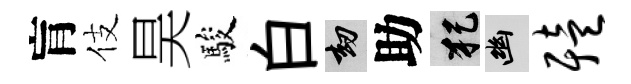
肓伎昊駿白劫助犯幽殪